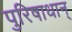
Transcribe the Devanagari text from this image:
पुरिषाधान्